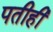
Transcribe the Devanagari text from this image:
पतीही